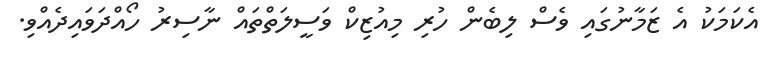
އެކަމަކު އެ ޒަމާނުގައި ވެސް ލިބެން ހުރި މިއުޒިކް ވަސީލަތްތައް ނާސިރު ހޯއްދަވައިދެއްވި.